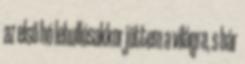
az első hó lehullósakkor jöttem a világra, s bár